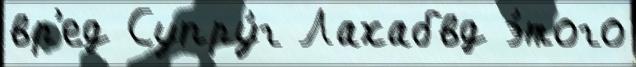
вр'ед Супру́г Лахабвд э́того